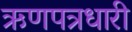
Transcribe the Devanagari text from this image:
ऋणपत्रधारी